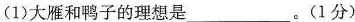
(1)大雁和鸭子的理想是___。(1分)